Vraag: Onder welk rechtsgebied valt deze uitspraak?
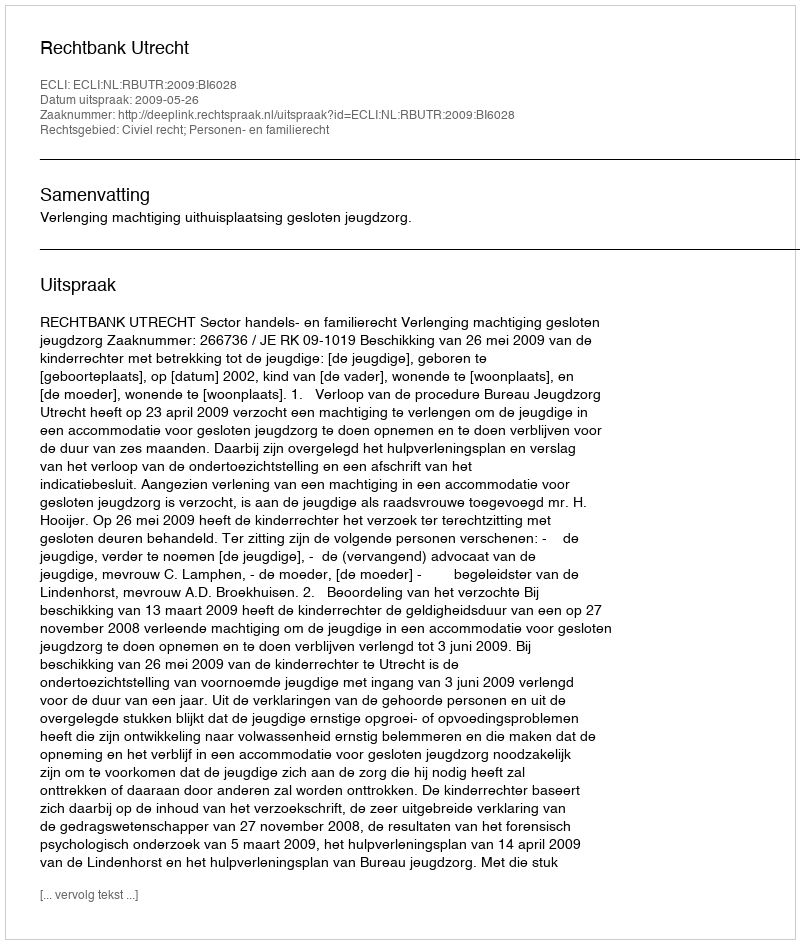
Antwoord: Civiel recht; Personen- en familierecht